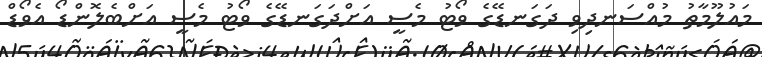
މައުލޫމާތު މުއްސަނދިވި ދަގަނޑޭގެ ވޯޓު މެސީ އަށްދަގަނޑޭގެ ވޯޓު މެސީ އަށްބެލޮންޑޯ އެވޯޑް